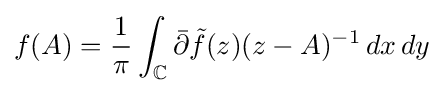
f(A)={\frac {1}{\pi }}\int _{\mathbb {C} }{\bar {\partial }}{\tilde {f}}(z)(z-A)^{-1}\,dx\,dy